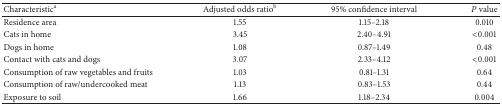
<table><thead><tr><td><b>Characteristic<sup>a</sup></b></td><td><b>Adjusted odds ratio<sup>b</sup></b></td><td><b>95% confidence interval</b></td><td><b><i>P</i> value</b></td></tr></thead><tbody><tr><td>Residence area</td><td>1.55</td><td>1.15–2.18</td><td>0.010</td></tr><tr><td>Cats in home</td><td>3.45</td><td>2.40–4.91</td><td>&lt;0.001</td></tr><tr><td>Dogs in home</td><td>1.08</td><td>0.87–1.49</td><td>0.48</td></tr><tr><td>Contact with cats and dogs</td><td>3.07</td><td>2.33–4.12</td><td>&lt;0.001</td></tr><tr><td>Consumption of raw vegetables and fruits</td><td>1.03</td><td>0.81–1.31</td><td>0.64</td></tr><tr><td>Consumption of raw/undercooked meat</td><td>1.13</td><td>0.83–1.53</td><td>0.44</td></tr><tr><td>Exposure to soil</td><td>1.66</td><td>1.18–2.34</td><td>0.004</td></tr></tbody></table>